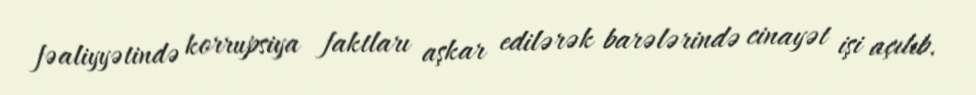
fəaliyyətində korrupsiya faktları aşkar edilərək barələrində cinayət işi açılıb.